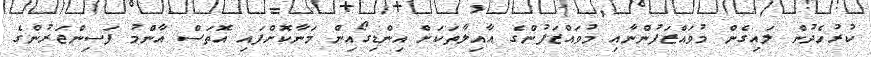
ކުރުހެދުން ލައިގެން މުވައްޒަފުންނާއި މުވައްޒަފުންގެ އާއިލާތަކަށް އިންޑިގޯއިން މަނާކޮށްފައި އޮތަސް އާންމު ފަސިންޖަރުންގެ